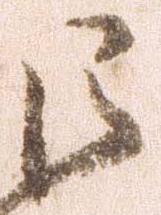
巨